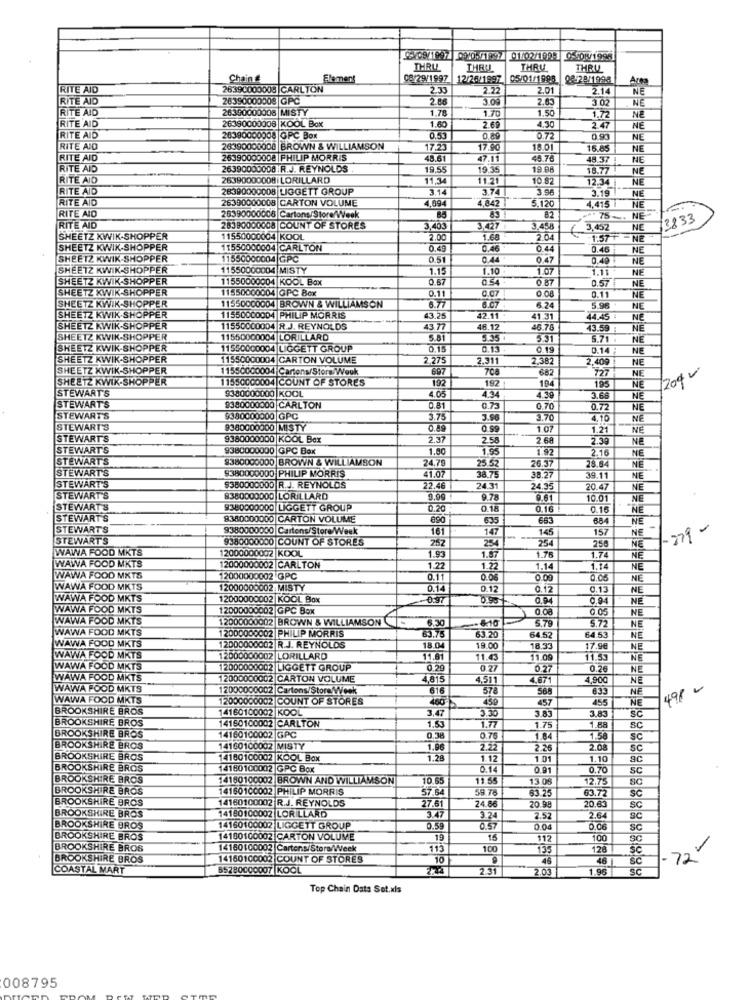
08/1997 00105/1997 01/02/199- 0-5017/1998
THRU
THRU
THRU
THRU
Chain #
Element
08/29/1997 12/26/1997
05/01/1998
08/28/1998
Area
RITE AID
26390000008 CARLTON
2.30
2.22
2.01
2.14
RITE AID
26390000008 GPC
2.06
3.08
2.63
3.02
NE
RITE AID
26390000008 MISTY
1.78
1.70
1.50
NE
26390000008 KOOL Box
1.60
2.69
4.30
1.72
RITE AID
2.47
NE
RITE AID
26390000008 GPC Box
0.53
0,89
0.72
0.93
NE
RITE AID
26390000008 BROWN & WILLIAMSON
17.23
17.90
18.01
15.85
NE
RITE AID
26390000008 |PHILIP MORRIS
48.61
47.11
45.76
NE
RITE AID
26390000008 R.J. REYNOLDS
19.55
19.35
19.88
18.77
48.37
NE
RITE AID
26390000008 |LORILLARD
11,34
11.21
10 82
12.34
NE
RITE AID
28390000008 LIGGETT GROUP
3.14
3.74
3.96
RITE AID
26390000008 CARTON VOLUME
4,094
4,842
5.120
3.19
NE
NE
4,415
RITE AID
26390000008 Cartons/Store/Week
85
82
.""75- NE-
73833
RITE AID
28390000008 COUNT OF STORES
3,403
3,427
3.458
₹ 3,452
NE
SHEETZ KWIK-SHOPPER
11550000004 KOOL
2.00
1.68
2.04
1:57+
NE
SHEETZ KWIK-SHOPPER
11550000004 CARLTON
0.49
044
0.46
NE
SHEETZ KWIK-SHOPPER
11550000004 GPC
0.51
0.44
0.47
0.49
NE
SHEETZ KWIK-SHOPPER
11550000004 MISTY
1.15
1.10
1.07
1.11
SHEETZ KWIK-SHOPPER
11550000004 KOOL Box
0.67
0.54
0 87
NE
SHEETZ KWIK-SHOPPER
11550000004 GPC Box
0.11
0.07
0.08
0.57
0.11
NE
NE
SHEETZ KWIK-SHOPPER
11550000004 BROWN & WILLIAMSON
6.77
6.07
6.24
5.96
NE
SHEETZ KWIK SHOPPER
11550000004 PHILIP MORRIS
43.25
42.11
41 31
44.45 :
NE
SHEETZ KWIK-SHOPPER
11550000004 R.J. REYNOLDS
43.77
48.12
46.78
43.59 :
NE
SHEETZ KWIK-SHOPPER
11550000004 LORILLARD
5.81
3.35
5.31
5.71
NE
SHEETZ KWIK-SHOPPER
11550000004 LIGGETT GROUP
0.15
0,13
0.19
0.14
NE
SHEETZ KWIK-SHOPPER
11550000004 CARTON VOLUME
2.275
2.311
2.382
2.409
NE
SHEETZ KWIK-SHOPPER
11550000004 Cartons/Store/Week
697
708
682
727
NE
/2010
SHEETZ KWIK-SHOPPER
11550000004 COUNT OF STORES
192
STEWART'S
9380000000 KOOL
192
194
195
NE
4.05
4.34
4.39
3.68
NE
STEWART'S
9380000000 CARLTON
0.81
0.73
0.70
0.72
NE
STEWART'S
5380000000 GPC
3.75
3.90
3.70
4.16
NE
STEWART'S
9380000000 MISTY
0.89
1.07
1.21
NE
STEWART'S
9380000000 KOOL Bex
2.37
2.58
2.68
2.39
NE
STEWART'S
9380000000 GPC Box
1.80
1.95
1.92
NE
STEWART'S
9380000000 BROWN & WILLIAMSON
24.79
2.16
STEWART'S
9380000000 PHILIP MORRIS
25.52
26.3
28.84
NE
41.07
38.75
38.27
39.11
NE
STEWART'S
9360000000 R.J. REYNOLDS
22.46
24 31
24.95
20.4
NE
STEWART'S
8380000000 LORILLARD
9.78
9.61
10.01
NE
STEWART'S
9380000000 LIGGETT GROUP
0.20
0.18
0,16
0.15
NE
STEWART'S
8380000000 CARTON VOLUME
690
635
663
684
NE
STEWART'S
9380000000 Cartons/Store/Week
161
147
145
157
NE
-279 -
STEWART'S
9380000000 COUNT OF STORES
252
254
254
WAWA FOOD MKTS
12000000002 KOOL
258
NE
WAWA FOOD MKTS
1.93
1.57
1.76
1.74
NE
12000000002 CARLTON
1.22
1.22
1.14
1.14
NE
WAWA FOOD MKTS
12000000002 GPC
0.11
0.06
0.00
0.05
NE
WAWA FOOD MKTS
12000000002 MISTY
0.14
0.12
0.12
0.13
NE
WAWA FOOD MKTS
12000000002 KOOL Box
0.97
0.95
0.94
0.94
NÉ
WAWA FOOD MKTS
12000000002 GPC Box
0.08
0.05
NE
WAWA FOOD MKTS
12000000002 BROWN & WILLIAMSON
6.30
€10
5.79
WAWA FOOD MKTS
12000000002 PHILIP MORRIS
63.7
5.72
NE
WAWA FOOD MKTS
63.2
54.52
64.53
NE
12000000002 R.J. REYNOLDS
18.04
19.00
18.3
17.9€
NE
WAWA FOOD MKTS
12000000002 LORILLARD
11.81
11.43
11.09
11.53
NE
WAWA FOOD MKTS
12000000002 LIGGETT GROUP
0.29
0.27
0.27
0.26
NE
WAWA FOOD MKTS
12000000002 CARTON VOLUME
4.815
4.511
4.671
4,900
NE
WAWA FOOD MKTS
2000000002 Cartons/Store/Week
616
578
565
NE
498 -
WAWA FOOD MKTS
12000000002 COUNT OF STORES
460
459
457
455
NE
BROOKSHIRE BROS
14160100002 KOOL
3.47
BROOKSHIRE BROS
14150100002 CARLTON
3.30
3.83
3.83
1.88
SC
1,53
1.77
1.75
BROOKSHIRE BROS
4160100002 GPC
0.38
0.75
1.84
1.58
SC
BROOKSHIRE BROS
14160100002 MISTY
1.96
2.22
2.26
2.08
sc
BROOKSHIRE BROS
14160100002 KOOL Box
1.28
1.12
1.01
1.10
SC
BROOKSHIRE BROS
4180100002 GPC Box
0.14
0.91
0.70
SC
BROOKSHIRE BROS
14160100002 BROWN AND WILLIAMSON
10.65
1155
13.05
12.75
BROOKSHIRE BROS
14160100002 PHILIP MORRIS
57.6
59.78
SC
BROOKSHIRE BROS
14160100002 R.J. REYNOLDS
63.72
SC
14180100002 LORILLARD
27.51
3.47
24.86
20.98
20.63
SC
BROOKSHIRE BROS
3.24
2.52
2.64
SC
BROOKSHIRE BROS
14160100002 LIGGETT GROUP
0.59
0.57
0.00
6.06
Sc
BROOKSHIRE BROS
14150100002 CARTON VOLUME
19
16
112
100
SC
-
BROOKSHIRE BROS
14160100002 Cartons/Store/Week
113
100
135
120
BROOKSHIRE BROS
14160100002 COUNT OF STORES
10
45
46
SC
. 72
COASTAL MART
65280CC0007 KOOL
2.31
2.03
1.96
SC
Top Chain Dats Set.xls
008795